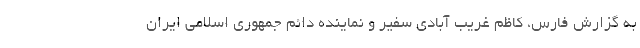
به گزارش فارس، کاظم غریب آبادی سفیر و نماینده دائم جمهوری اسلامی ایران